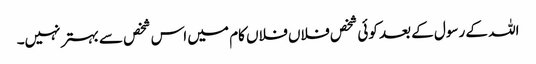
اللہ کے رسول کے بعد کوئی شخص فلاں فلاں کام میں اس شخص سے بہتر نہیں۔